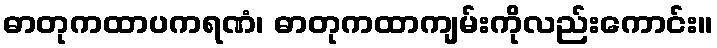
ဓာတုကထာပကရဏံ၊ ဓာတုကထာကျမ်းကိုလည်းကောင်း။